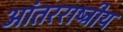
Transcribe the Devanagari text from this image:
आंतरराष्‍ट्रीय